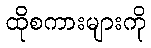
ထိုစကားများကို